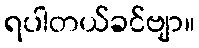
ရပါတယ်ခင်ဗျာ။